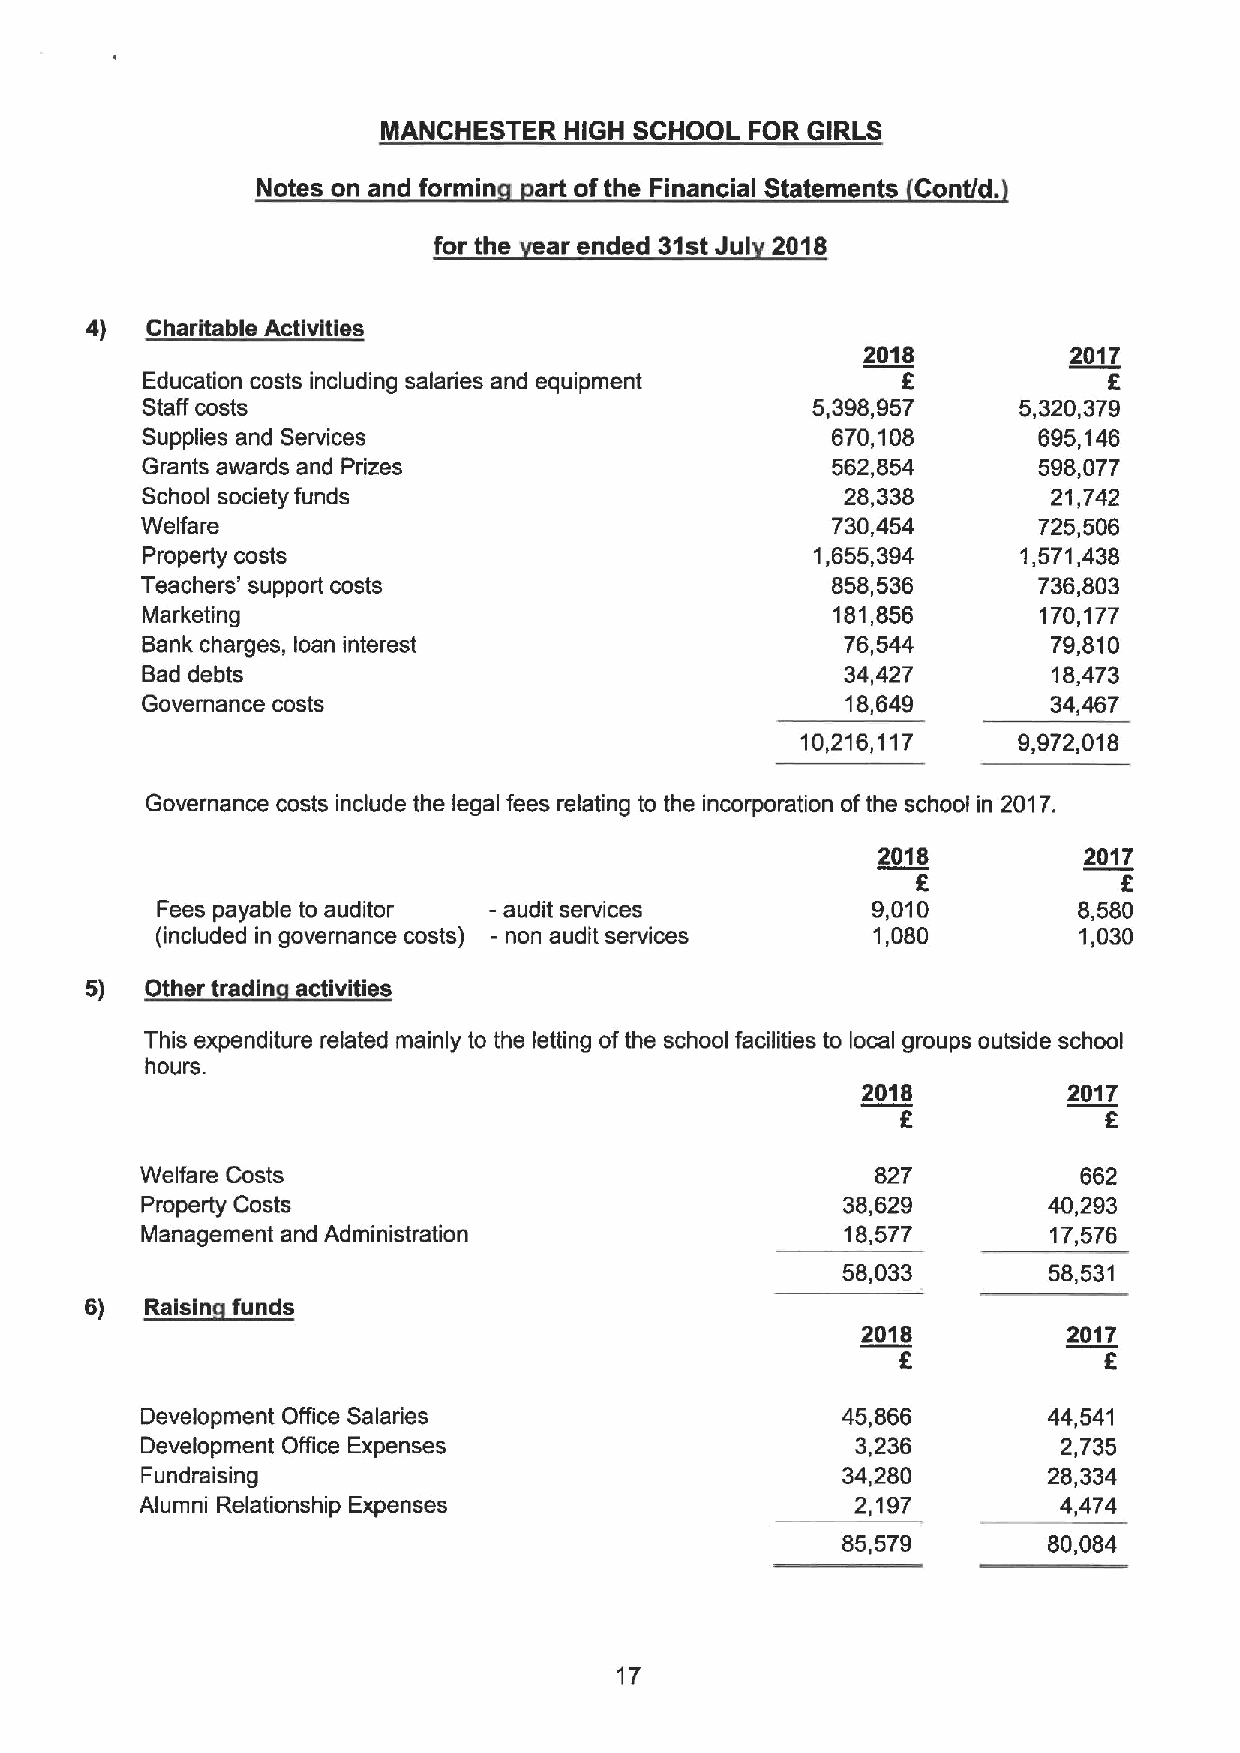
MANCHESTER  HIGH SCHOOL  FOR GIRLS
 Notes on and formin art ofthe Financial Statements Contfd.
 for the ar ended 31stJul 2018
 4)  Charitable Activities
 2018          2017
 Education costs including salaries and equipment
 Staff costs                                  5,398,957    5,320,379
 Supplies and Services                         670,108       695,146
 Grants awards and Prizes                      562,854       598,077
 School society funds                           28,338        21,742
 Welfare                                       730,454       725,506
 Property costs                               1,655,394     1,571,438
 Teachers' support costs                       858,536       736,803
 Marketing                                     181,856       170,177
 Bank charges, loan interest                    76,544        79,810
 Bad debts                                      34,427        18,473
 Governance costs                               18,649        34,467
 10,216,117    9,972,018
 Governance costs include the legal fees relating to the incorporation ofthe school in 2017.
 2018          2017
 8
 Fees payable to auditor - audit services        9,010        8,580
 (included in governance costs) - non audit services 1,080    1,030
 5)  Other tradin activities
 This expenditure related mainly to the letting ofthe school facilities to local groups outside school
 hours.
 2018          2017
 Welfare Costs                                    827           662
 Property Costs                                 38,629       40,293
 Management and Administration                  18,577        17,576
 58,033       58,531
 6) ~Ri   f  d
 i
 2018          2017
 k
 Development Office Salaries                    45,866       44,541
 Development Office Expenses                     3,236        2,735
 Fundraising                                    34,280       28,334
 Alumni Relationship Expenses                    2,197        4,474
 85,579       80,084
 17